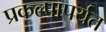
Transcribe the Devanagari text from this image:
प्रकल्पापर्यंत